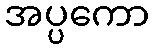
အပ္ပကော